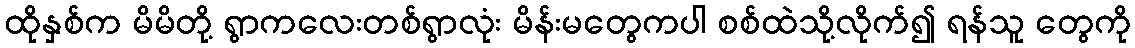
ထိုနှစ်က မိမိတို့ ရွာကလေးတစ်ရွာလုံး မိန်းမတွေကပါ စစ်ထဲသို့လိုက်၍ ရန်သူ တွေကို